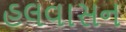
હલવાસન